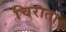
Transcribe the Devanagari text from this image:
चिराता